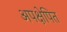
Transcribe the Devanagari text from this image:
अपक्षेपित